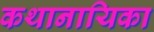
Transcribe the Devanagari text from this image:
कथानायिका